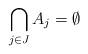
LaTeX: \begin{align*}\bigcap_{j \in J} A_j = \emptyset\end{align*}